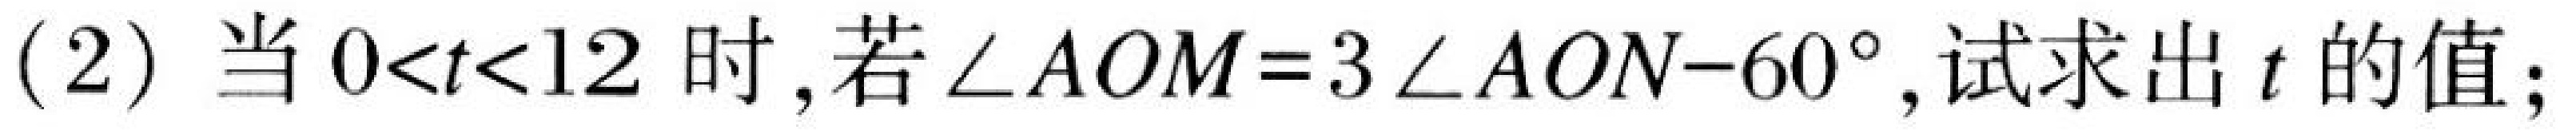
(2) 当\(0<t<12\)时，若\(\angle AOM = 3\angle AON - 60^{\circ}\)，试求出\(t\)的值；